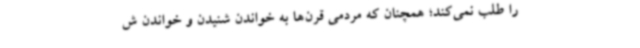
را طلب نمی‌کند؛ همچنان که مردمی قرن‌ها به خواندن شنیدن و خواندن ش